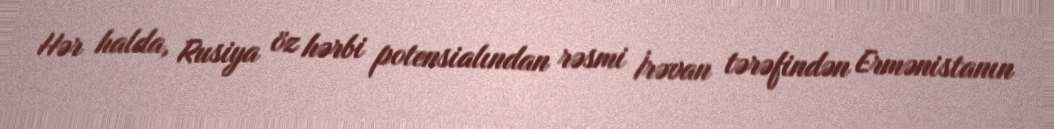
Hər halda, Rusiya öz hərbi potensialından rəsmi İrəvan tərəfindən Ermənistanın